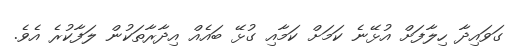
ގަވައިދާ ހިލާފަށް އުޅޭނެ ކަމަށް ކަމާއި ގުޅޭ ބައެއް އިދާރާތަކުން ލަފާކުރެ އެވެ.